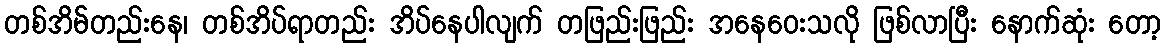
တစ်အိမ်တည်းနေ၊ တစ်အိပ်ရာတည်း အိပ်နေပါလျက် တဖြည်းဖြည်း အနေဝေးသလို ဖြစ်လာပြီး နောက်ဆုံး တော့